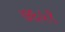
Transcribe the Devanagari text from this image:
७६५१